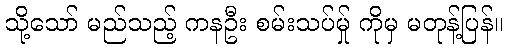
သို့သော် မည်သည့် ကနဦး စမ်းသပ်မ်ှု ကိုမှ မတုန့်ပြန်။